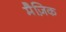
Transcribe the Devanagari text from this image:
मैज़िक